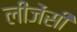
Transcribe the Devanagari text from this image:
लीजेंसी